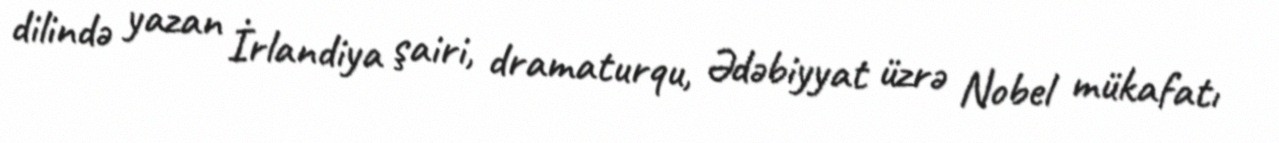
dilində yazan İrlandiya şairi, dramaturqu, Ədəbiyyat üzrə Nobel mükafatı